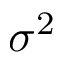
\sigma ^ { 2 }